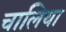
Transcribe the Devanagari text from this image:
चालिया